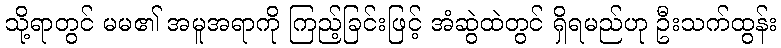
သို့ရာတွင် မမ၏ အမူအရာကို ကြည့်ခြင်းဖြင့် အံဆွဲထဲတွင် ရှိရမည်ဟု ဦးသက်ထွန်း